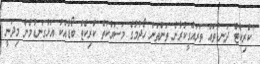
"ކްރިކެޓް ދަނޑުތައް ތަރައްގީކުރާނެ ތަންތަން ހޯދުމުގެ މަސައްކަތް ކްރިކެޓް ބޯޑާއެކު އަޅުގަނޑުމެން މިދަނީ